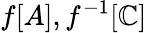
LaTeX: f[A],f^{-1}[\mathbb{C}]